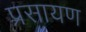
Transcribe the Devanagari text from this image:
प्रसायण